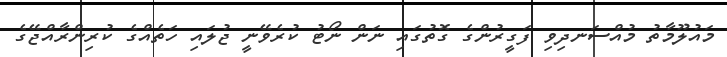
މައުލޫމާތު މުއްސަނދިވި ފަގީރުންގެ ގޮތުގައި ނަން ނޯޓު ކުރެވޭނީ ޖުލައި ހަތެއްގެ ކުރިންރާއްޖޭގެ